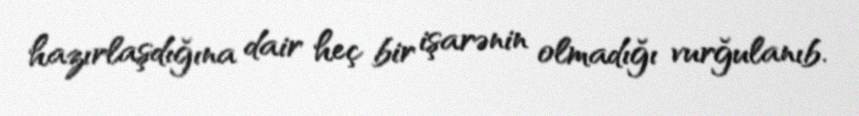
hazırlaşdığına dair heç bir işarənin olmadığı vurğulanıb.